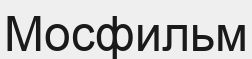
Мосфильм